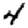
Digit: 4